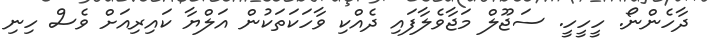
ދާހެންނޯ. ހީހީހީ. ސަޖޫލް މަޖާވެލާފައި ދެއްކި ވާހަކަތަކުން އަލްޔާ ކައިރިއަށް ވެސް ހިނި